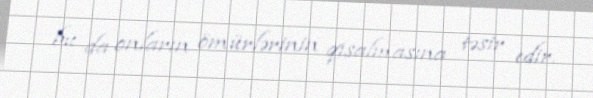
bu da onların ömürlərinin qısalmasına təsir edir.